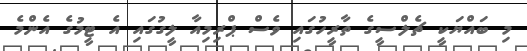
މި ބައްޔަކީ ޗެލްސީގެ ތާރީހުގައި ވެސް ޕްރިމިއާ ލީގުގައި އެ ޓީމުގެ އެންމެ